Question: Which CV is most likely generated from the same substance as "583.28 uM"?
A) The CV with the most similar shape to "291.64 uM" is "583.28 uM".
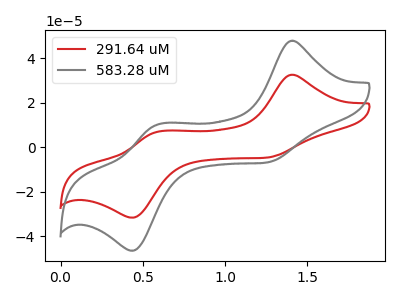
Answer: <think>The red curve "291.64 uM" has anodic peaks at (1.40V, 32.50uA) (0.60V, 6.95uA) and cathodic peaks at (1.25V, -4.70uA) (0.45V, -31.60uA). The gray curve "583.28 uM" has anodic peaks at (1.40V, 47.75uA) (0.60V, 10.20uA) and cathodic peaks at (1.25V, -6.90uA) (0.45V, -46.40uA).
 All the peaks in "291.64 uM" have a peak in "583.28 uM" at the same potential. Every peak in "291.64 uM" is lower than every peak in "583.28 uM".</think>
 <answer>A) The CV with the most similar shape to "291.64 uM" is "583.28 uM".</answer>
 <eval>A</eval>